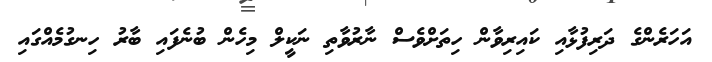
އަހަރެންގެ ދަރިފުޅާއި ކައިރިވާން ހިތަށްވެސް ނާރުވާތި ނަކީލް މިހެން ބުނެފައި ބާރު ހިނގުމެއްގައި